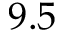
9 . 5